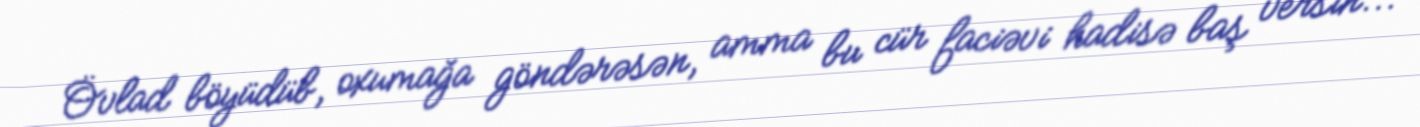
Övlad böyüdüb, oxumağa göndərəsən, amma bu cür faciəvi hadisə baş versin...